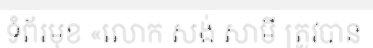
ទំព័រមុខ «លោក សង់ សាមី ត្រូវបាន